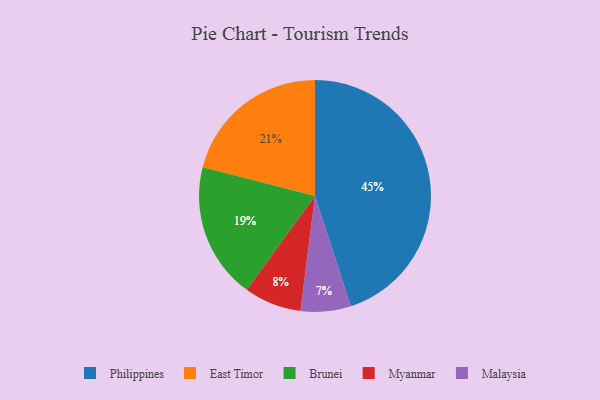
{"axis": {"x": "Category", "y": "Percentage"}, "legend": ["Brunei", "East Timor", "Malaysia", "Myanmar", "Philippines"], "data": [{"x": "Philippines", "y": 45, "type": "Philippines"}, {"x": "Brunei", "y": 19, "type": "Brunei"}, {"x": "Myanmar", "y": 8, "type": "Myanmar"}, {"x": "Malaysia", "y": 7, "type": "Malaysia"}, {"x": "East Timor", "y": 21, "type": "East Timor"}]}